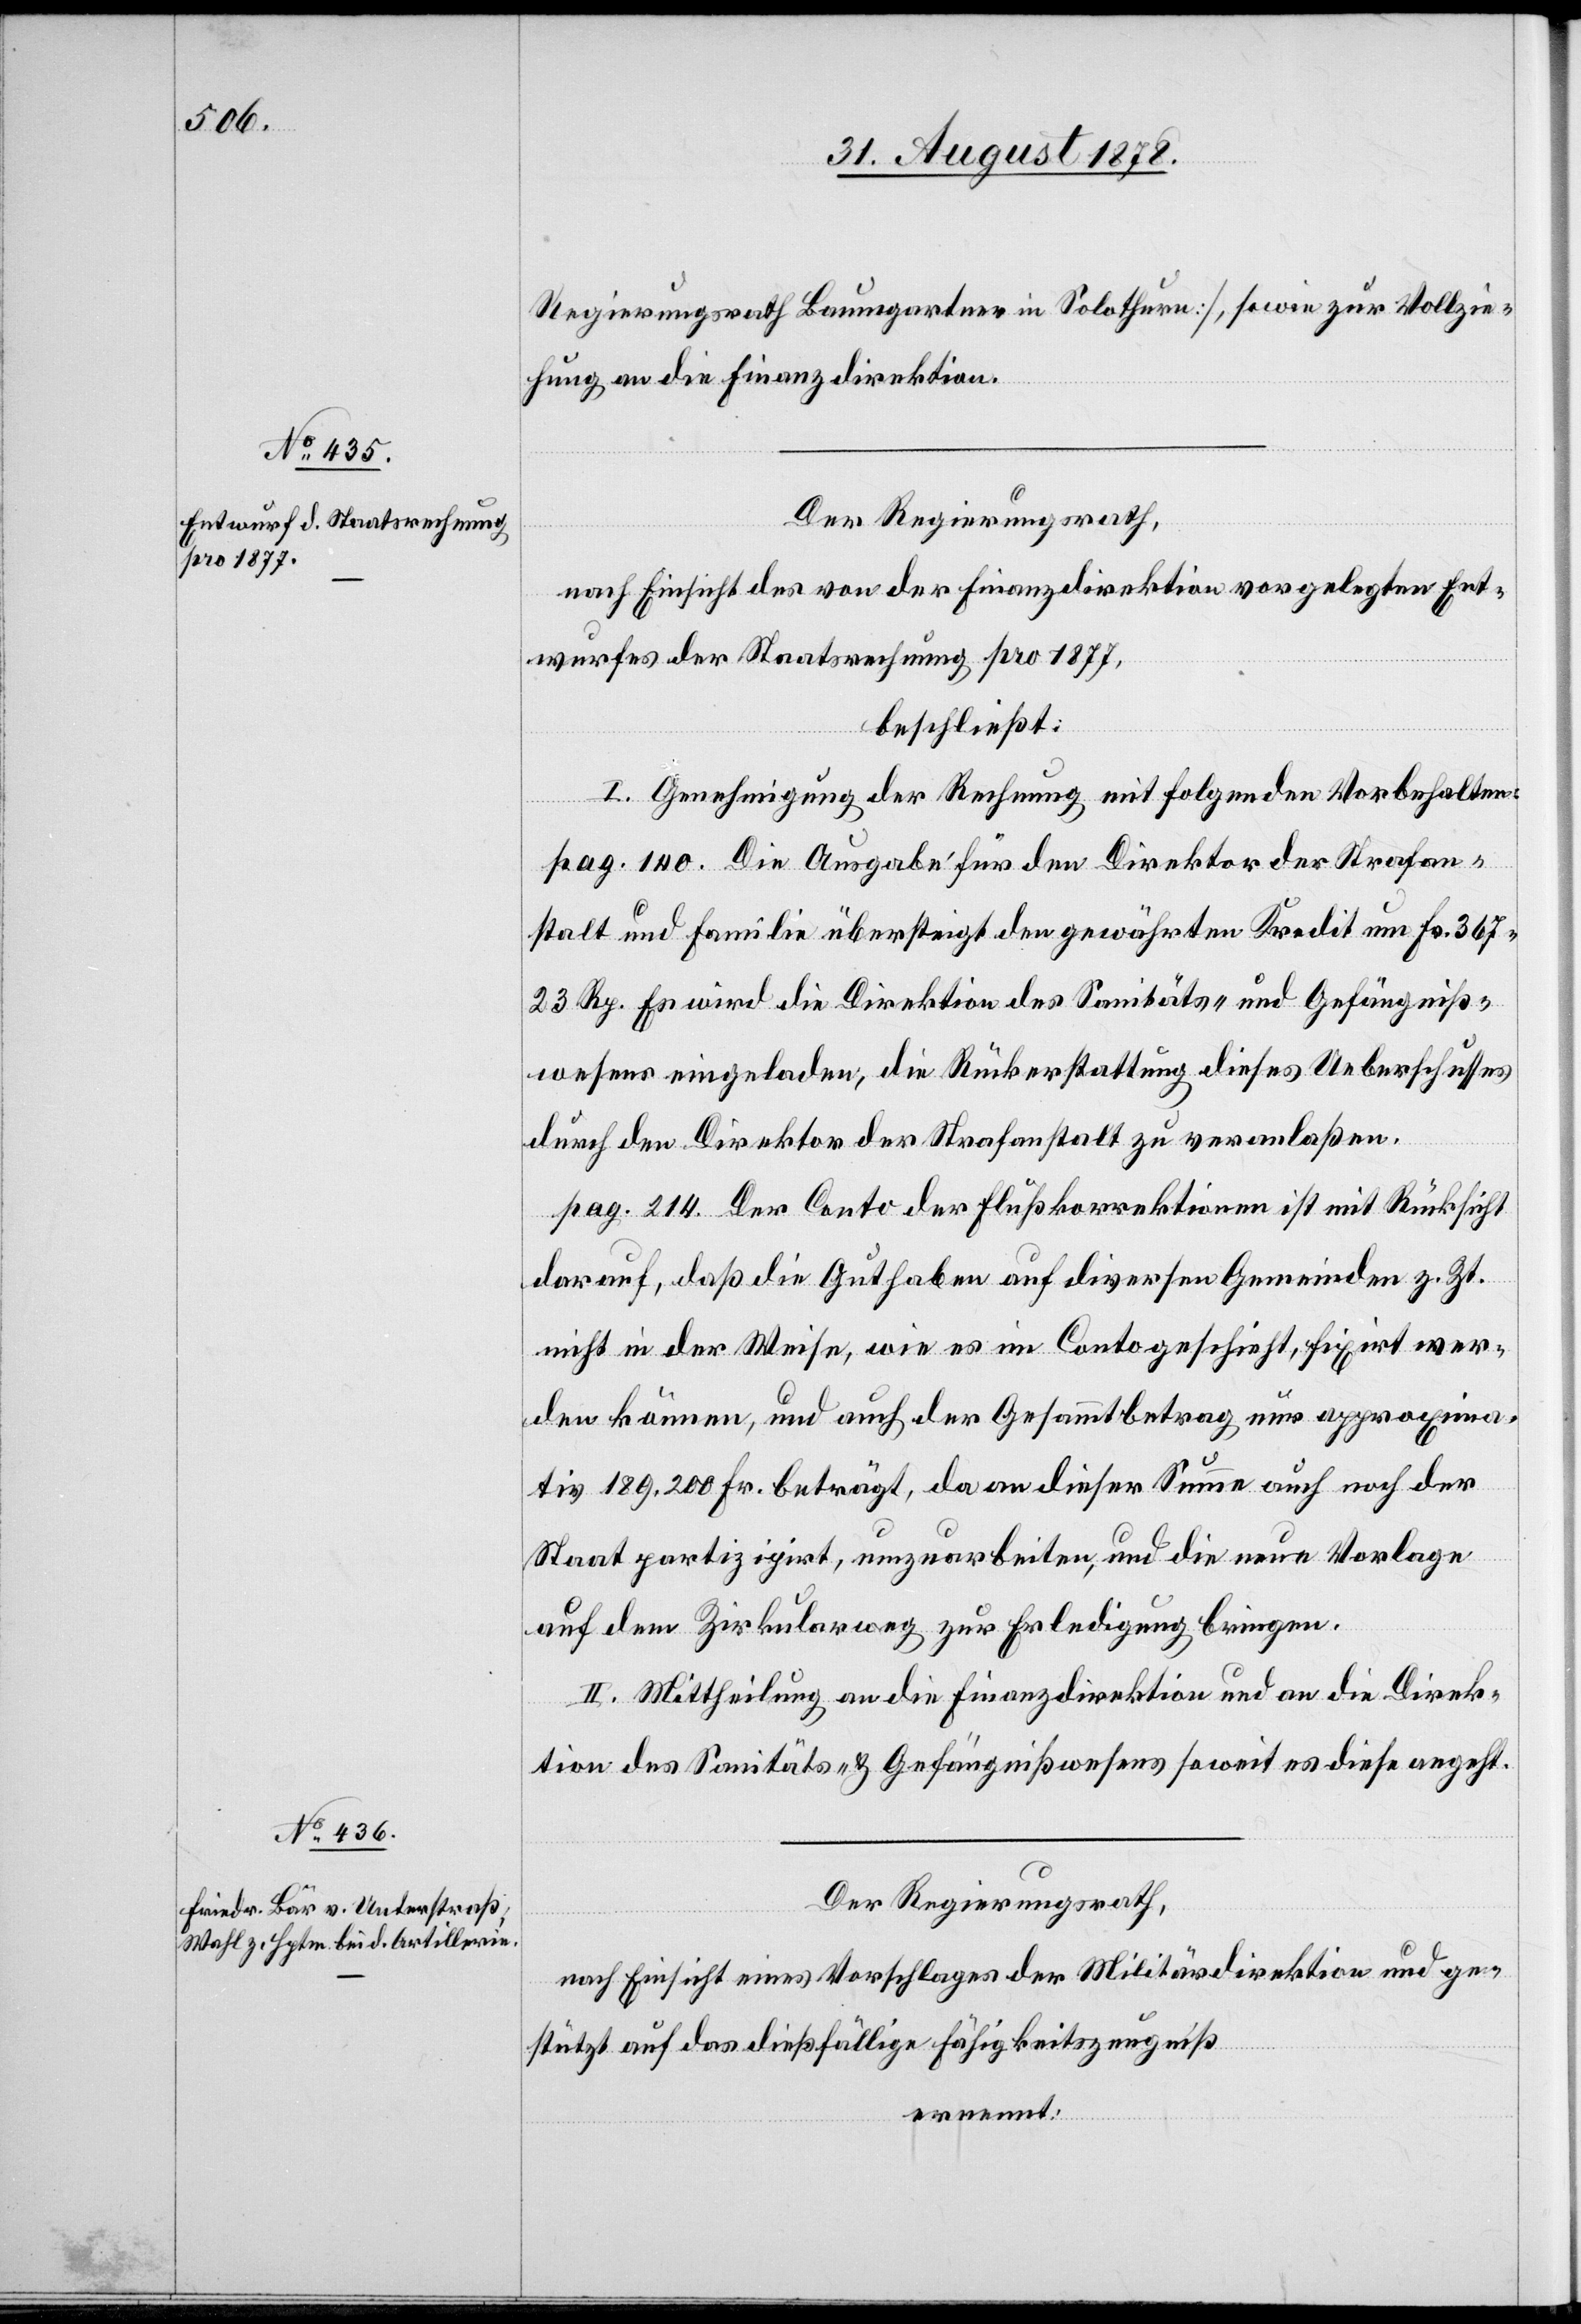
Regierungsrath Baumgartner in Solothurn], sowie zur Vollzie¬
hung an die Finanzdirektion.
Der Regierungsrath,
nach Einsicht des von der Finanzdirektion vorgelegten Ent¬
wurfes der Staatsrechnung pro 1877,
beschließt:
I. Genehmigung der Rechnung mit folgenden Vorbehalten:
pag. 140. Die Ausgabe für den Direktor der Strafan¬
stalt und Familie übersteigt den gewährten Kredit um Fr. 367
23 Rp. Es wird die Direktion des Sanitäts- & Gefängniß¬
wesens eingeladen, die Rückerstattung dieses Ueberschusses
durch den Direktor der Strafanstalt zu veranlaßen.
pag. 214. Der Conto der Flußkorrektionen ist mit Rücksicht
darauf, daß die Guthaben auf diversen Gemeinden z. Zt.
nicht in der Weise, wie es im Conto geschieht, fixirt wer¬
den können, und auch der Gesammtbetrag nur approxima¬
tiv 189.200 Fr. beträgt, da an dieser Summe auch noch der
Staat partizipirt, umzuarbeiten, und die neue Vorlage
auf dem Zirkularweg zur Erledigung [zu] bringen.
II. Mittheilung an die Finanzdirektion und an die Direk¬
tion des Sanitäts- & Gefängnißwesens soweit es diese angeht.
Der Regierungsrath,
nach Einsicht eines Vorschlages der Militärdirektion und ge¬
stützt auf das dießfällige Fähigkeitszeugniß
ernennt: